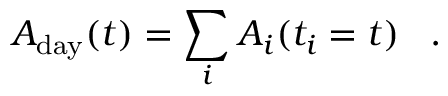
A _ { \mathrm { d a y } } ( t ) = \sum _ { i } A _ { i } ( t _ { i } = t ) \; \; \; .